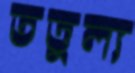
তত্তুল্য